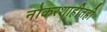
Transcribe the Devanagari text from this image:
नोकरशाहीतही